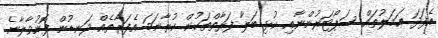
އެފަދަ ޢަމަލުތައް ސަޕޯޓަރުންނާއި ކުޅި ބަލާ ފަރާތްތަކުން ކުރާނަމަ އެފަރާތެއް ދަނޑުން ފޮނުވާލާނެ